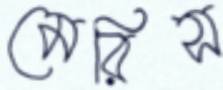
মেরিস